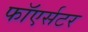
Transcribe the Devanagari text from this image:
फाॅएर्सटर